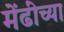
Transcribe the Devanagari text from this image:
मेंढींच्या